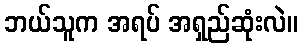
ဘယ်သူက အရပ် အရှည်ဆုံးလဲ။